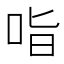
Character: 𭇣